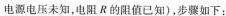
电源电压未知，电阻R的阻值已知)，步骤如下：